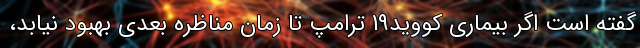
گفته است اگر بیماری کووید19 ترامپ تا زمان مناظره بعدی بهبود نیابد،